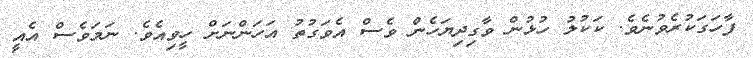
ފާހަގަކުރެވުނެވެ. ކަކުލު ހުޅުން ވާގިދިޔަހެން ވެސް އެވަގުތު އަހަންނަށް ހީވިއެވެ. ނަމަވެސް އެއީ